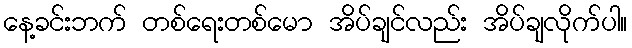
နေ့ခင်းဘက် တစ်ရေးတစ်မော အိပ်ချင်လည်း အိပ်ချလိုက်ပါ။